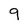
Character: 9